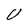
Character: U